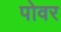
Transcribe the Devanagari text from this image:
पोवर